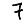
Digit: 7